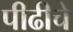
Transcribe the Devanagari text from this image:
पीढीचे